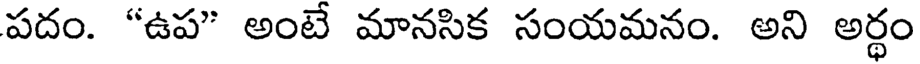
పదం. "ఉప" అంటే మానసిక సంయమనం. అని అర్థం